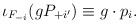
\begin{align*}\iota_{F_{-i}}(g P_{+i'}) \equiv g \cdot p_i. \end{align*}